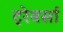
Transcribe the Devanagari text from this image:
ट्रेवर्सा